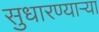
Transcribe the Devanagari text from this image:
सुधारण्याऱ्या